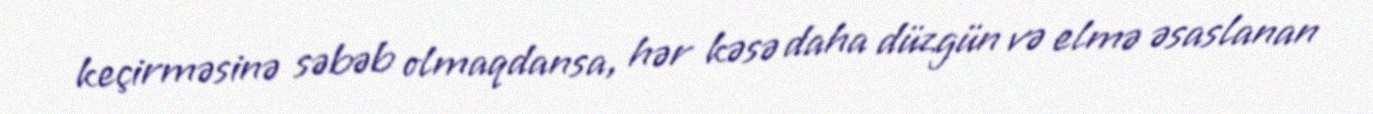
keçirməsinə səbəb olmaqdansa, hər kəsə daha düzgün və elmə əsaslanan